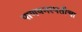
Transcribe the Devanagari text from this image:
पाणवनस्पतीचा